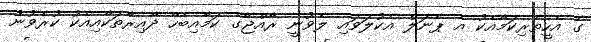
ގެ އެހީތެރިކަމާއެކު އެ ޕެނަލް އެކުލަވައި ލެވުނީ ރާއްޖޭގެ ކަމާއިބެހޭ ދާއިރާތަކާއިއެކު ކުރެވުނު